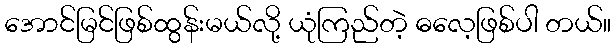
အောင်မြင်ဖြစ်ထွန်းမယ်လို့ ယုံကြည်တဲ့ ဓလေ့ဖြစ်ပါ တယ်။